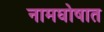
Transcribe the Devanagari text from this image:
नामघोषात